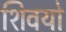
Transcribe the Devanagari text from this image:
शिवयो